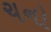
ચનો